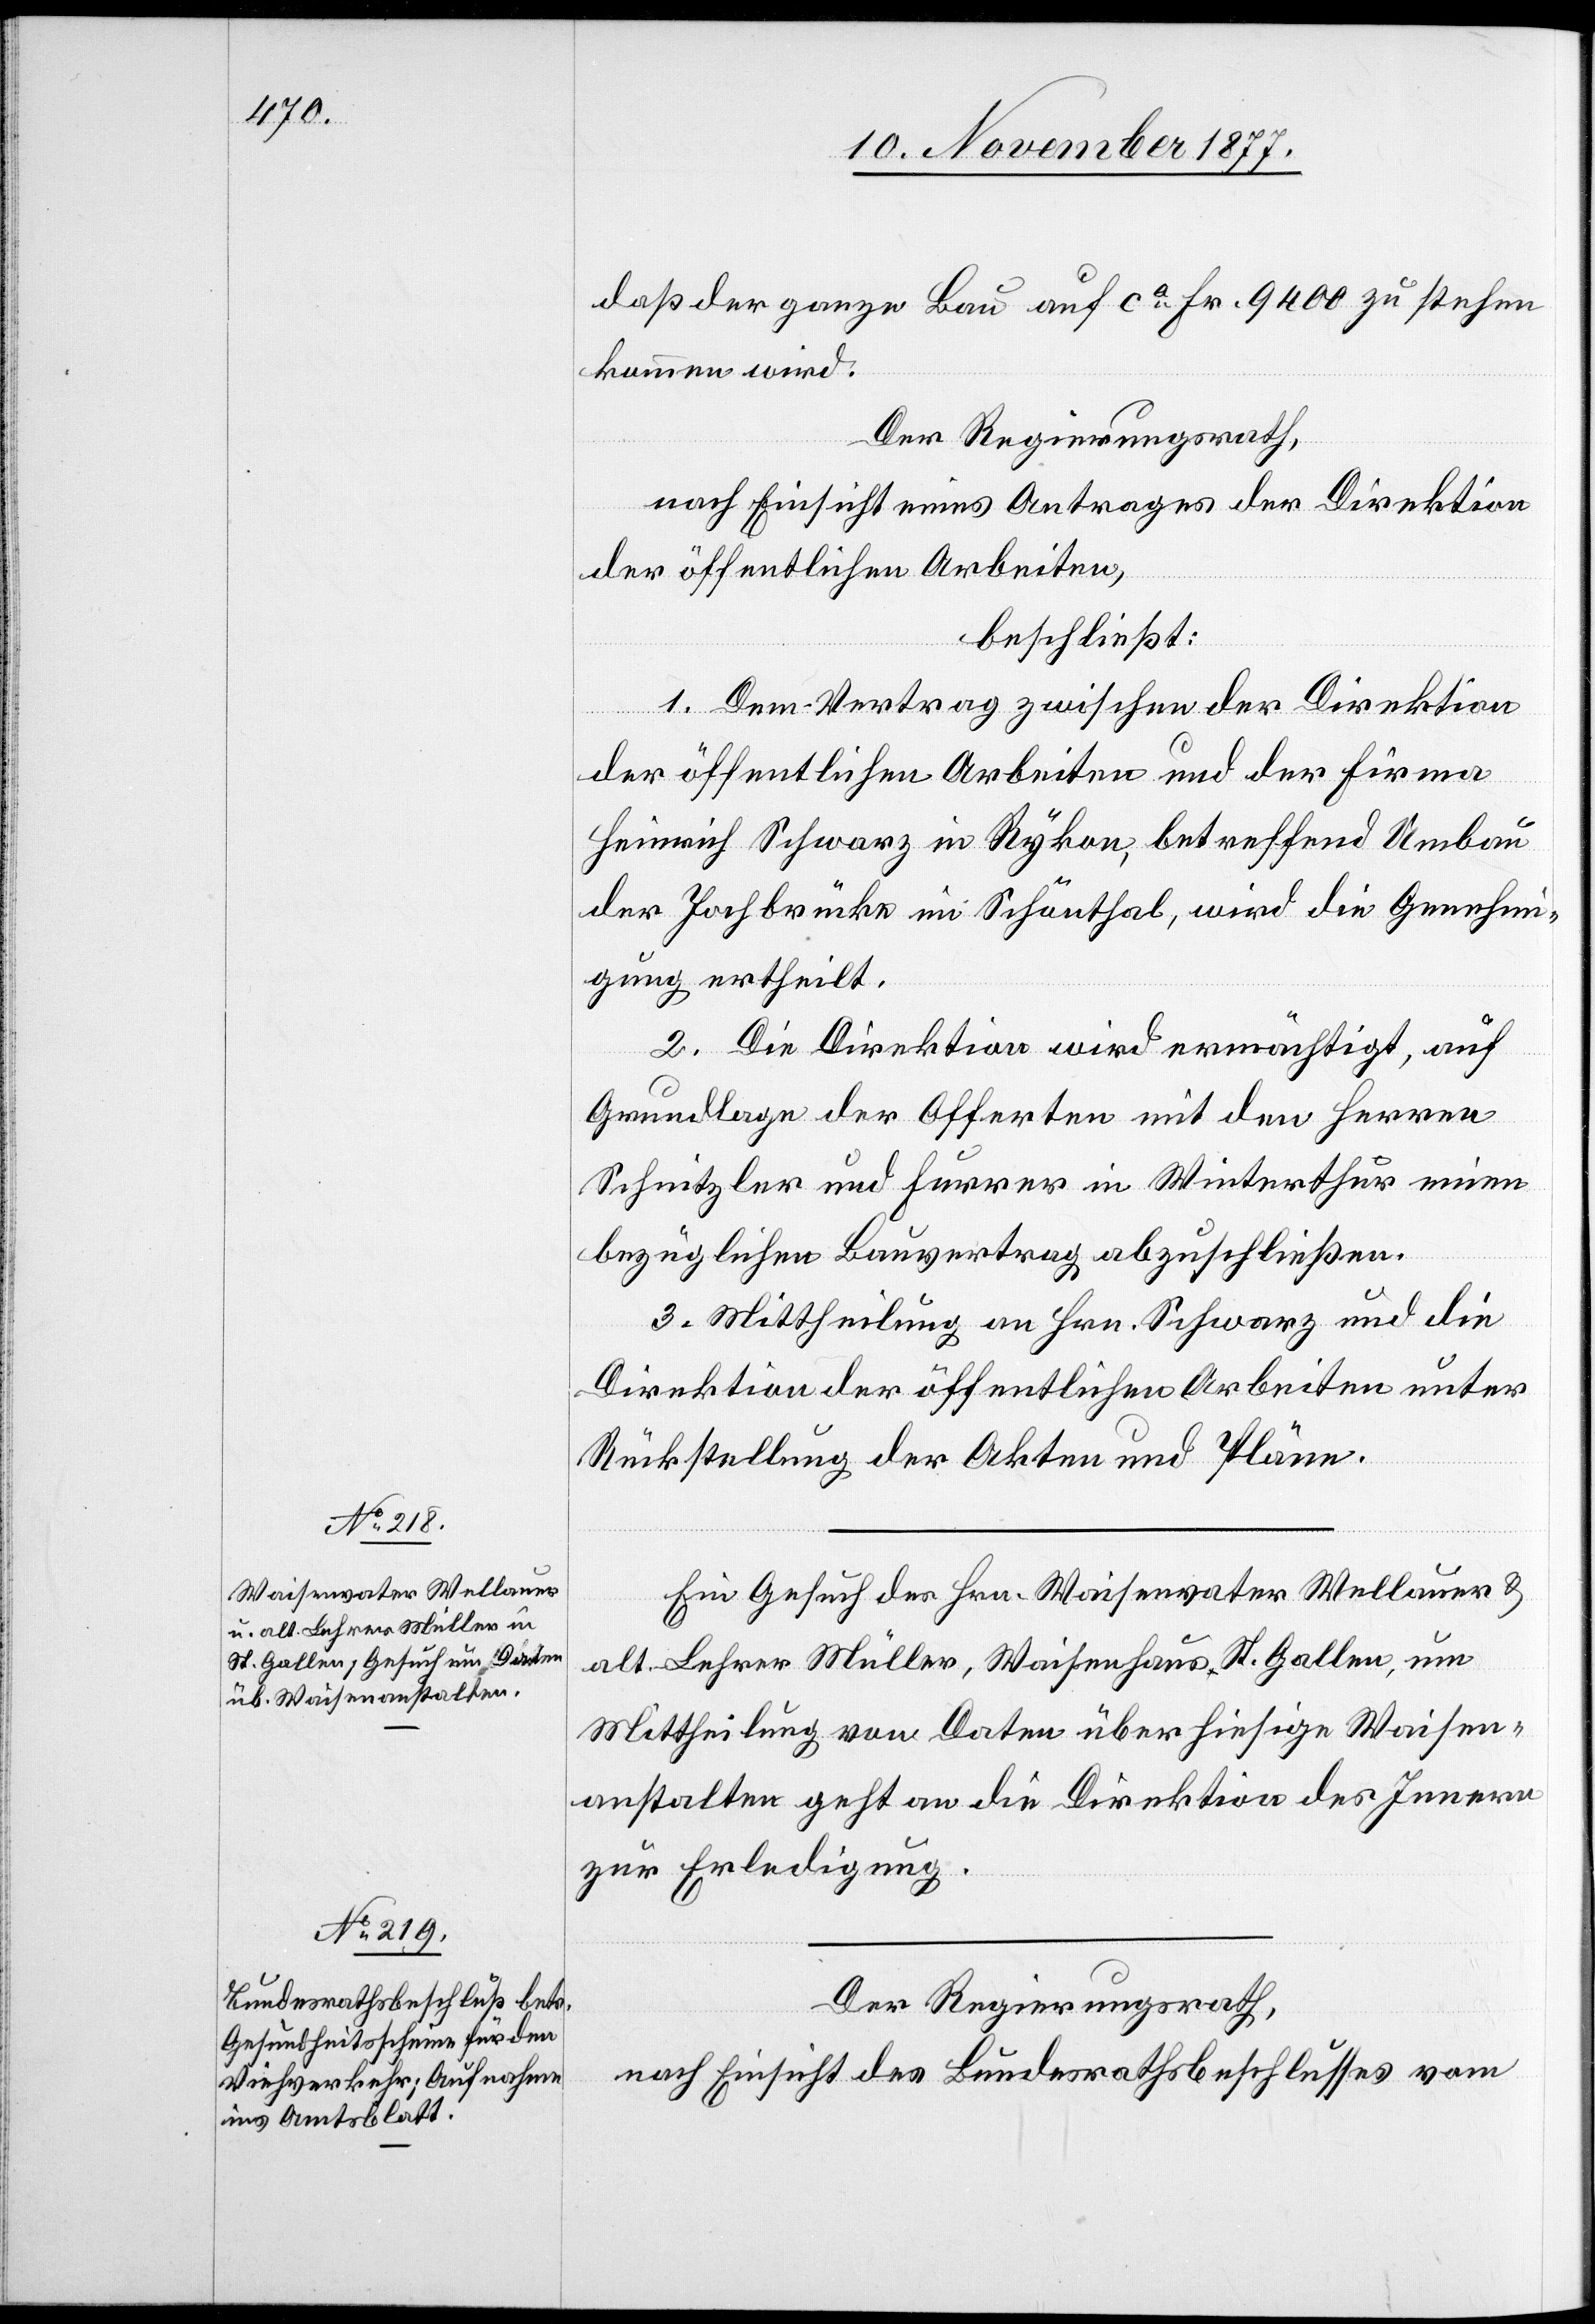
daß der ganze Bauz auf ca Fr. 9400 zu stehen
kommen wird.
Der Regierungsrath,
nach Einsicht eines Antrages der Direktion
der öffentlichen Arbeiten,
beschließt:
1. Dem Vertrag zwischen der Direktion
der öffentlichen Arbeiten und der Firma
Heinrich Schwarz in Rykon, betreffend Umbau
der Jochbrücke im Schönthal, wird die Genehmi¬
gung ertheilt.
2. Die Direktion wird ermächtigt, auf
Grundlage der Offerten mit den Herren
Schnitzler und Furrer in Winterthur einen
bezüglichen Bauvertrag abzuschließen.
3. Mittheilung an Hrn. Schwarz und die
Direktion der öffentlichen Arbeiten unter
Rückstellung der Akten und Pläne.
Ein Gesuch des Hrn. Waisenvater Wellauer &
alt Lehrer Müller, Waisenhaus St. Gallen, um
Mittheilung von Daten über hiesige Waisen¬
anstalten geht an die Direktion des Innern
zur Erledigung.
Der Regierungsrath,
nach Einsicht des Bundesrathsbeschlusses vom